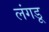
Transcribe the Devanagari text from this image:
लंगडू